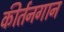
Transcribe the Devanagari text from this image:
कीर्तनगान